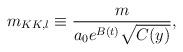
LaTeX: \begin{align*}m_{KK,l} \equiv \frac{m}{a_0 e^{B(t)}\sqrt{C(y)}},\end{align*}